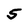
Character: 5